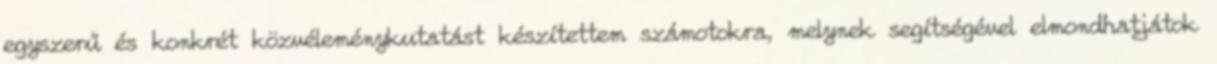
egyszerű és konkrét közvéleménykutatást készítettem számotokra, melynek segítségével elmondhatjátok